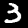
Label: 3